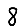
Digit: 8